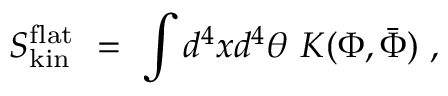
S _ { \mathrm { k i n } } ^ { \mathrm { f l a t } } \ = \ \int d ^ { 4 } x d ^ { 4 } \theta \ K ( \Phi , \bar { \Phi } ) \ ,